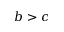
b > c